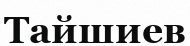
Тайшиев